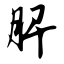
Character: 脾